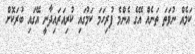
ކަމެއް ނުވަތަ ތަނެއް އޭގެ އެންމެ ފުރިހަމަ ކަމުގައި ކުރިއަރައިދާނީ އޭގައި ބުރަކޮށް